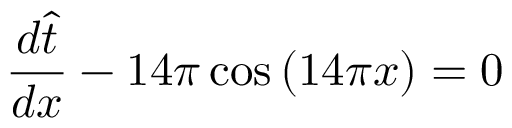
\frac { d \hat { t } } { d x } - 1 4 \pi \cos { ( 1 4 \pi x ) } = 0